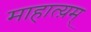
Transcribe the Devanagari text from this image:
माहात्य़म्